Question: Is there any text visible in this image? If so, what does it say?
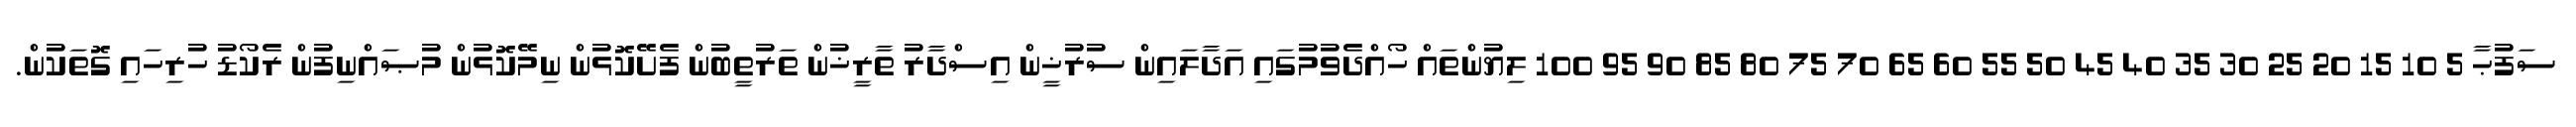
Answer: ސަފުޙާ 5 10 15 20 25 30 35 40 45 50 55 60 65 70 75 80 85 90 95 100 ލިޔުންތައް ހޯއްދެވުމުގައި އަދާލައިން ސުރުޚީން އިސްދާރު ތާރީޚުން ތަރުތީބުން ފެށޭކޮޅުން ނިމޭކޮޅުން މުޞައްނިފުން ރެކޯޑު ހުރިހައި ގޮތަކުން.